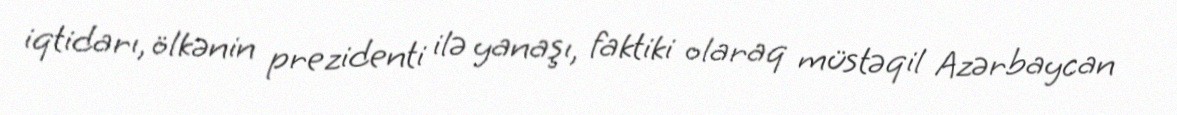
iqtidarı, ölkənin prezidenti ilə yanaşı, faktiki olaraq müstəqil Azərbaycan